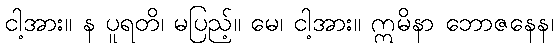
ငါ့အား။ န ပူရတိ၊ မပြည့်။ မေ၊ ငါ့အား။ ဣမိနာ ဘောဇနေန၊